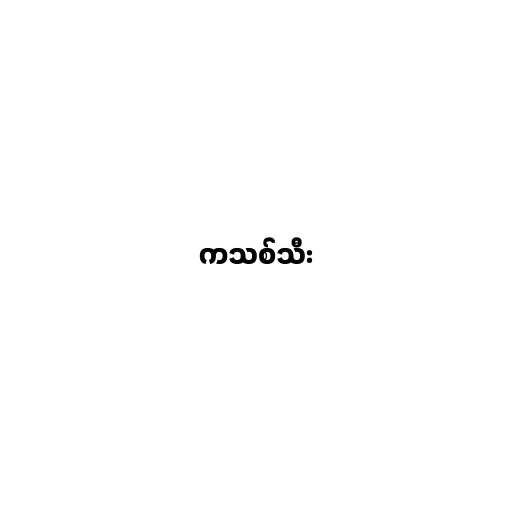
ကသစ်သီး